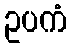
ဥပကံ